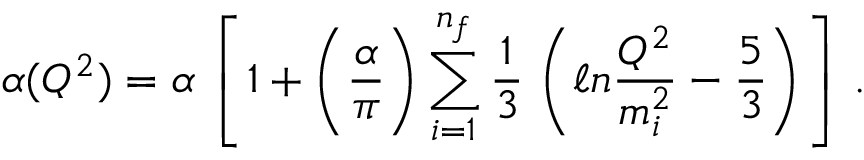
\alpha ( Q ^ { 2 } ) = \alpha \, \left[ \, 1 + \bigg ( \frac { \alpha } { \pi } \bigg ) \sum _ { i = 1 } ^ { n _ { f } } \frac { 1 } { 3 } \, \left( \ell n \frac { Q ^ { 2 } } { m _ { i } ^ { 2 } } - \frac { 5 } { 3 } \right) \, \right] \, .